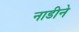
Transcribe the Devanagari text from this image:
नाडीने